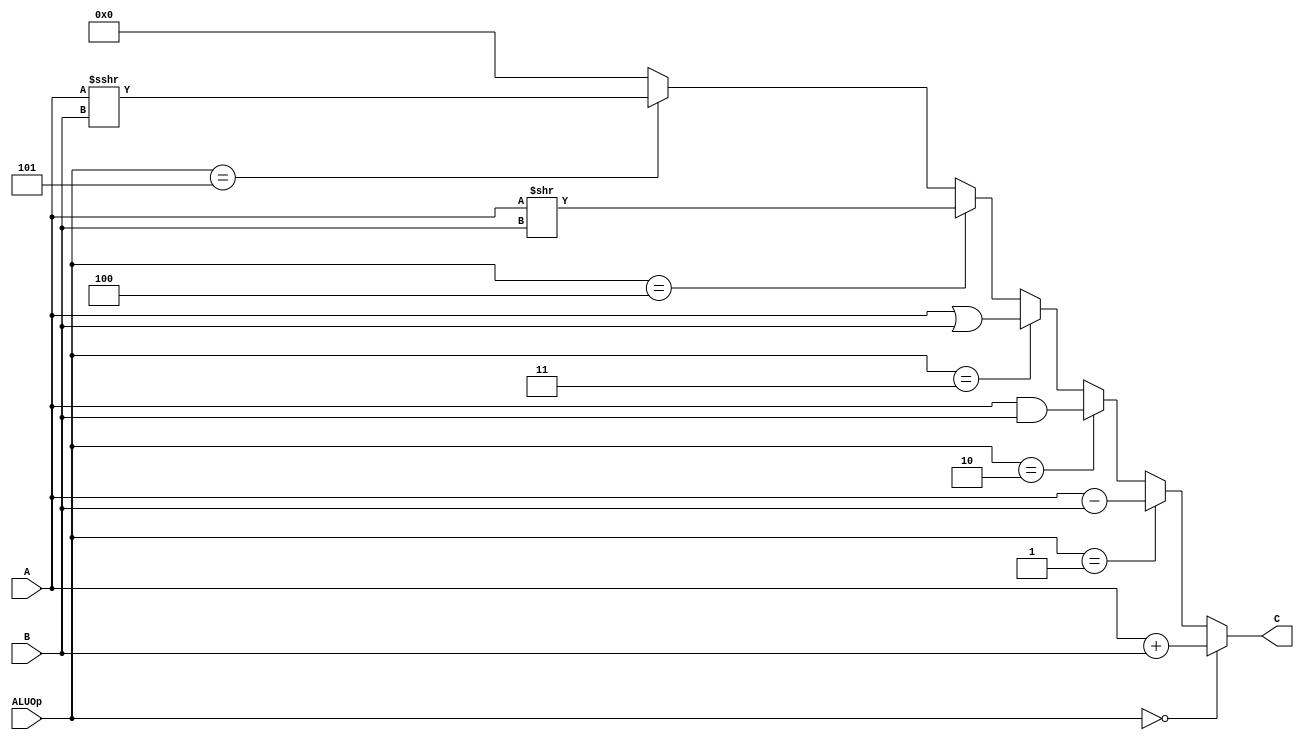
`timescale 1ns / 1ps
//////////////////////////////////////////////////////////////////////////////////
// Company:
// Engineer:
//
// Design Name:
// Module Name:    alu
// Project Name:
// Target Devices:
// Tool versions:
// Description:
//
// Dependencies:
//
// Revision:
// Revision 0.01 - File Created
// Additional Comments:
//
//////////////////////////////////////////////////////////////////////////////////
module alu(
           input [31:0] A,
           input [31:0] B,
           input [2:0] ALUOp,
           output [31:0] C
       );

assign C = ALUOp == 3'b000 ?  A + B :
       ALUOp == 3'b001 ? A - B :
       ALUOp == 3'b010 ? A & B :
       ALUOp == 3'b011 ?  A | B:
       ALUOp == 3'b100 ? A >> B:
       ALUOp == 3'b101 ? $signed(($signed(A)) >>> B) :
       32'b0;

endmodule